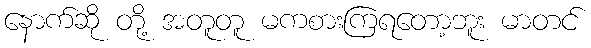
နောက်ဆို တို့ အတူတူ မကစားကြရတော့ဘူး မာတင်